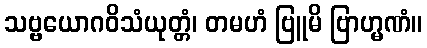
သဗ္ဗယောဂဝိသံယုတ္တံ၊ တမဟံ ဗြူမိ ဗြာဟ္မဏံ။